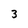
Character: 3